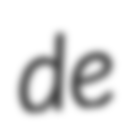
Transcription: de